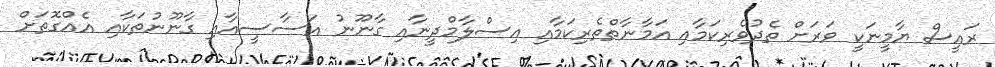
ރައީސް ޔާމީނަކީ ވަރަށް ތެދުވެރިކަމާއި އަމާނާތްތެރިކަމާއި އިސްލާމްދީނާއި ގާނޫނު އަސާސީއާއި ގާނޫނުތަކާއި އެއްގޮތަށް